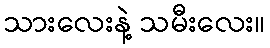
သားလေးနဲ့ သမီးလေး။